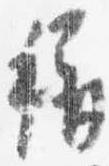
称